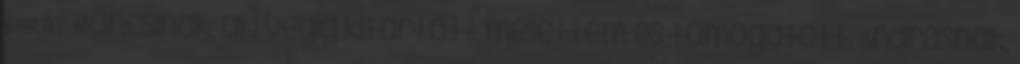
BARÁT Moncsinak, aki végig kitartott mellettem és támogatott. Andrásnak,